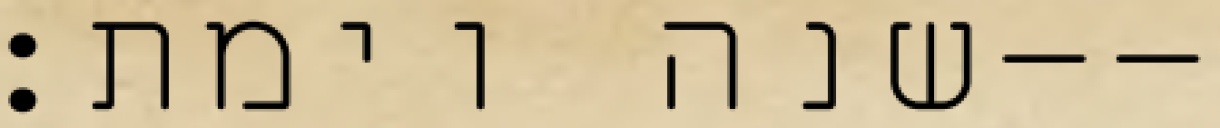
שנה וימת׃--